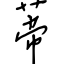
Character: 蒂